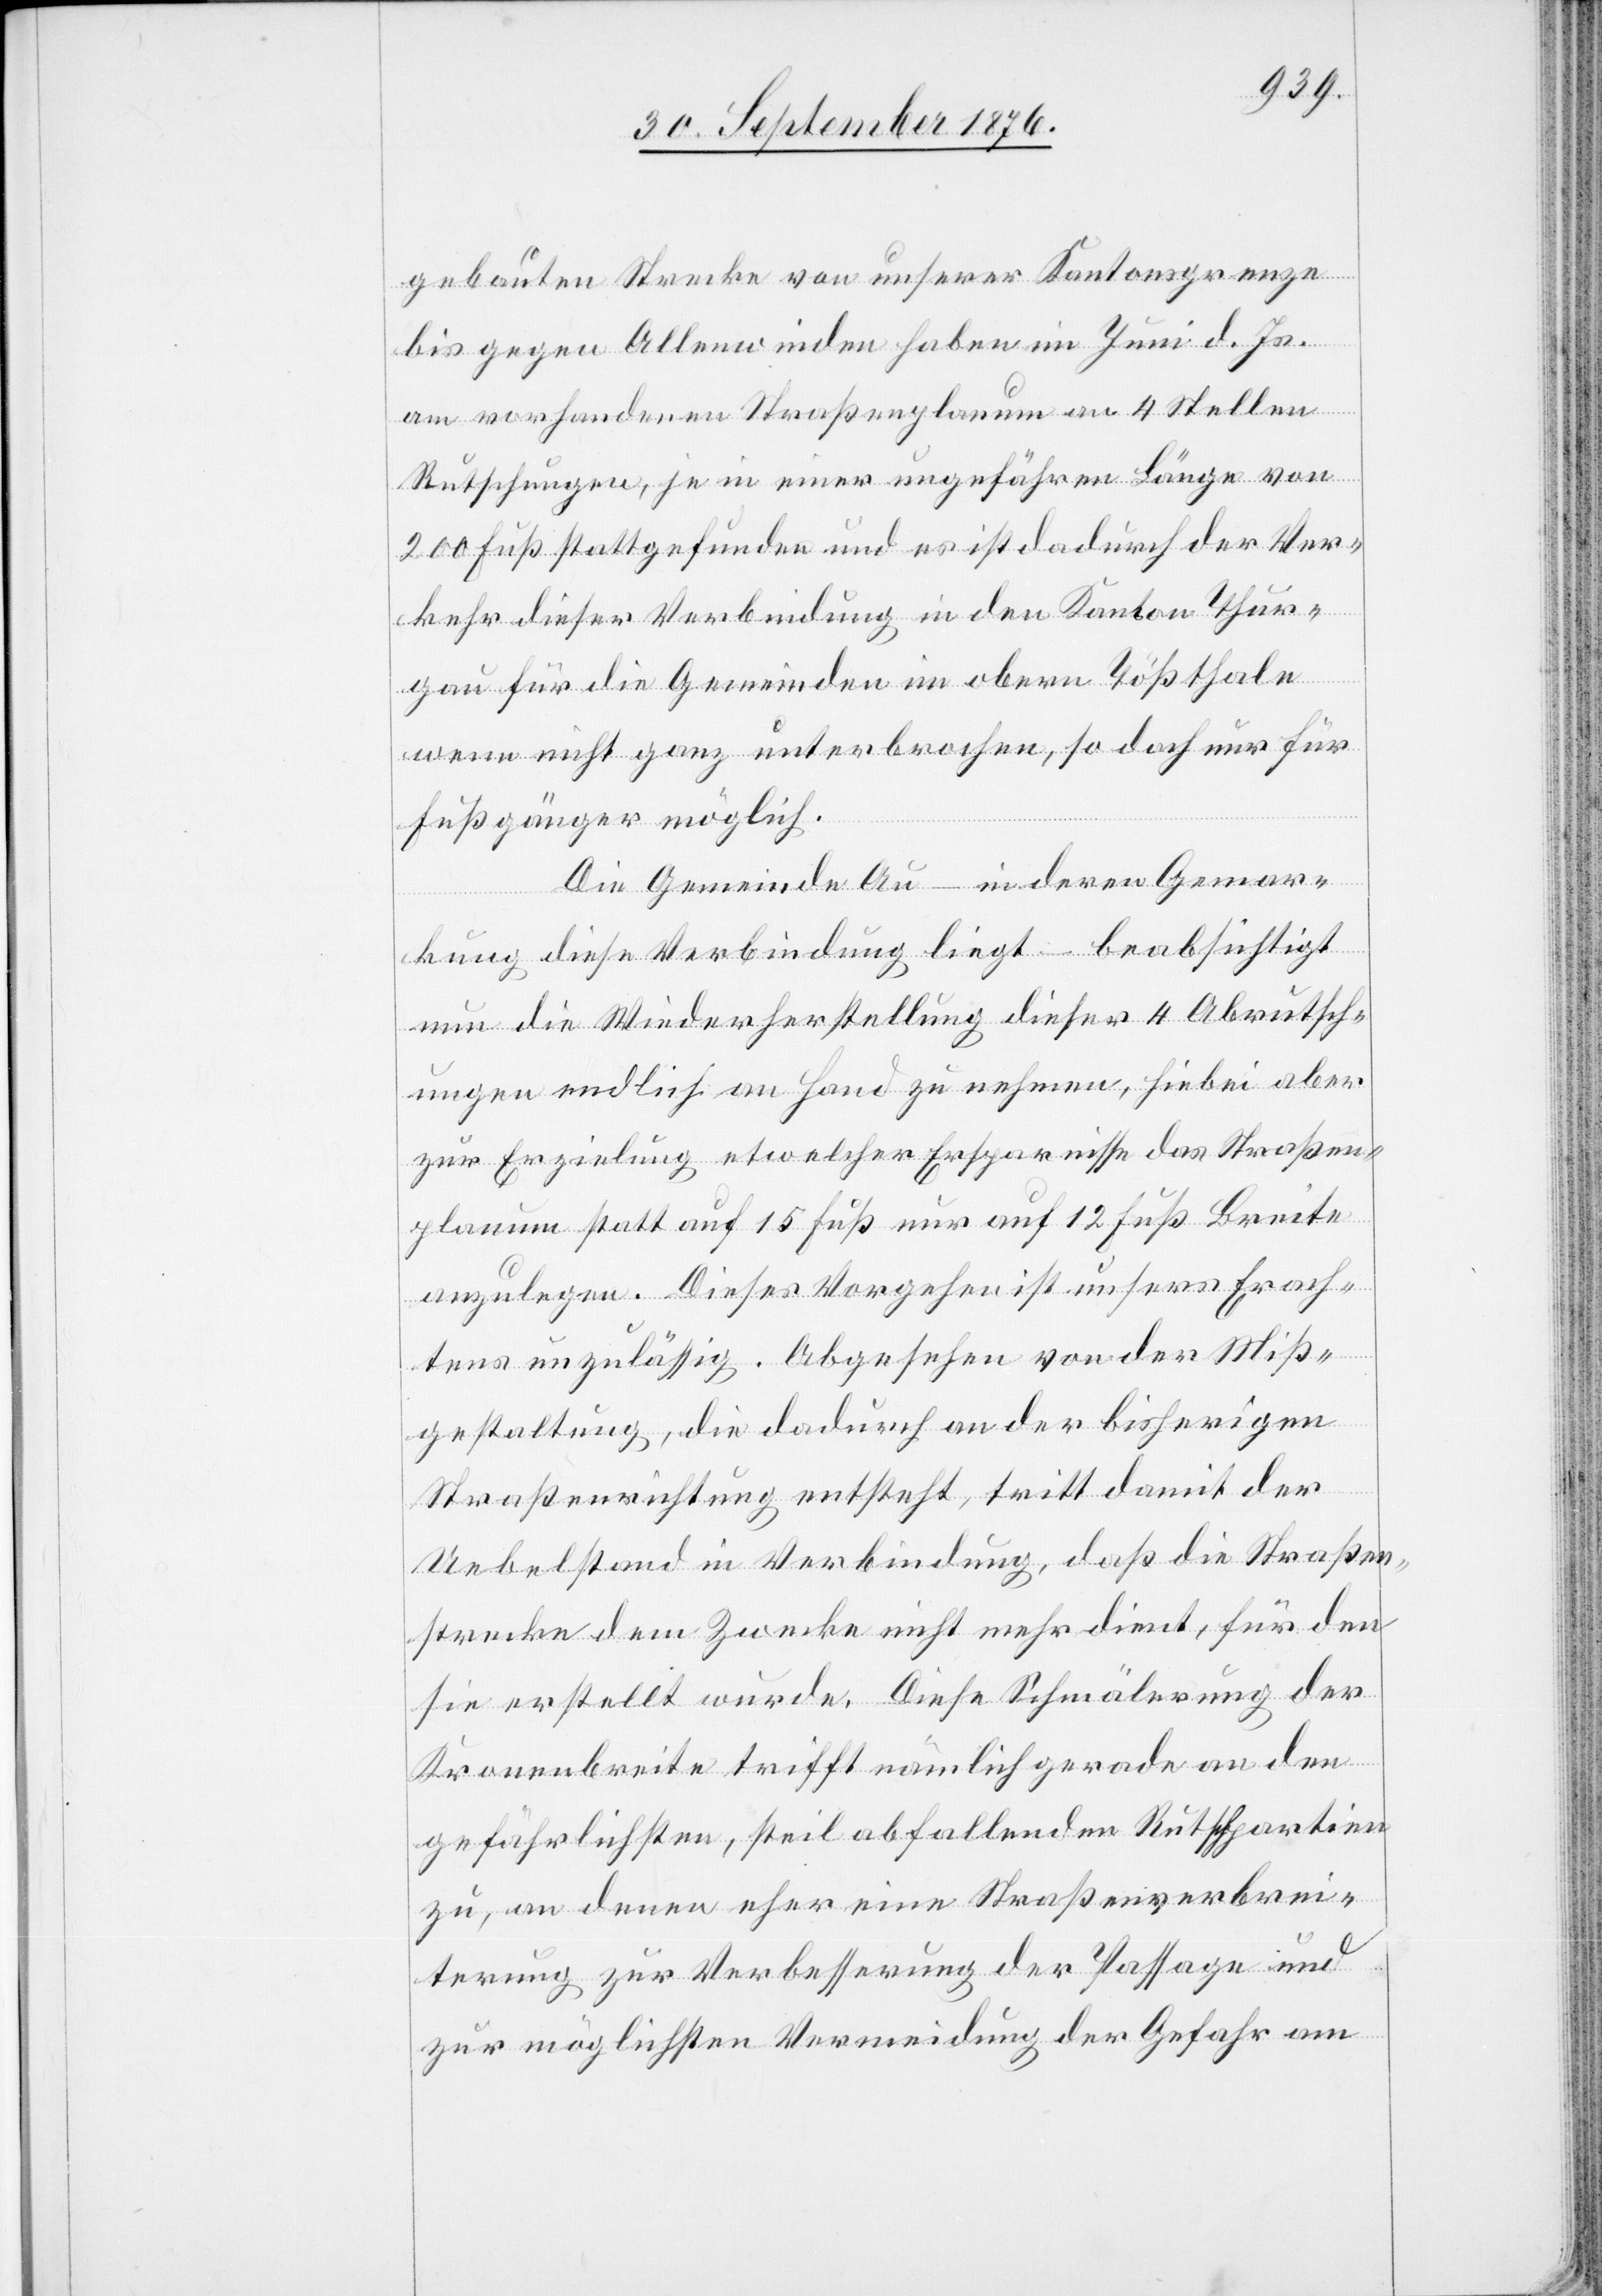
gebauten Strecke von unserer Kantonsgrenze
bis gegen Allenwinden haben im Juni d. Js.
am vorhandenen Straßenplanum an 4 Stellen
Rutschungen, je in einer ungefähren Länge von
200 Fuß stattgefunden und es ist dadurch der Ver¬
kehr dieser Verbindung in den Kanton Thur¬
gau für die Gemeinden im obern Tößthale
wenn nicht ganz unterbrochen, so doch nur für
Fußgänger möglich.
Die Gemeinde Au – in deren Gemar¬
kung diese Verbindung liegt – beabsichtigt
nun die Wiederherstellung dieser 4 Abrutsch¬
ungen endlich an Hand zu nehmen, hiebei aber
zur Erzielung etwelcher Ersparnisse des Straßen¬
planum statt auf 15 Fuß nur auf 12 Fuß Breite
anzulegen. Dieses Vorgehen ist unsers Erach¬
tens unzulässig. Abgesehen von der Miß¬
gestaltung, die dadurch an der bisherigen
Straßenrichtung entsteht, tritt damit der
Uebelstand in Verbindung, daß die Straßen¬
strecke dem Zwecke nicht mehr dient, für den
sie erstellt wurde. Diese Schmälerung der
Kronenbreite trifft nämlich gerade an den
gefährlichsten, steil abfallenden Rutschpartien
zu, an denen eher eine Straßenverbrei¬
terung zur Verbesserung der Passage und
zur möglichsten Vermeidung der Gefahr am